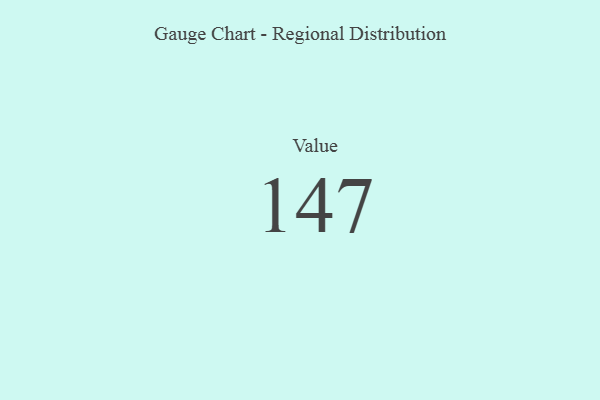
{"axis": {"x": "Metric", "y": "Value"}, "legend": [""], "data": [{"x": "Value", "y": 147, "type": ""}]}